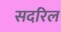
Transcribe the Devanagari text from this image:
सदरिल